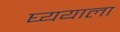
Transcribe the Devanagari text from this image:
घ्ययाला